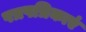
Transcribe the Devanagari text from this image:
पत्रपत्रिकाएं